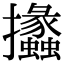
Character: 攭